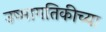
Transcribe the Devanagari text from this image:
उष्मागतिकीच्या